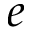
e